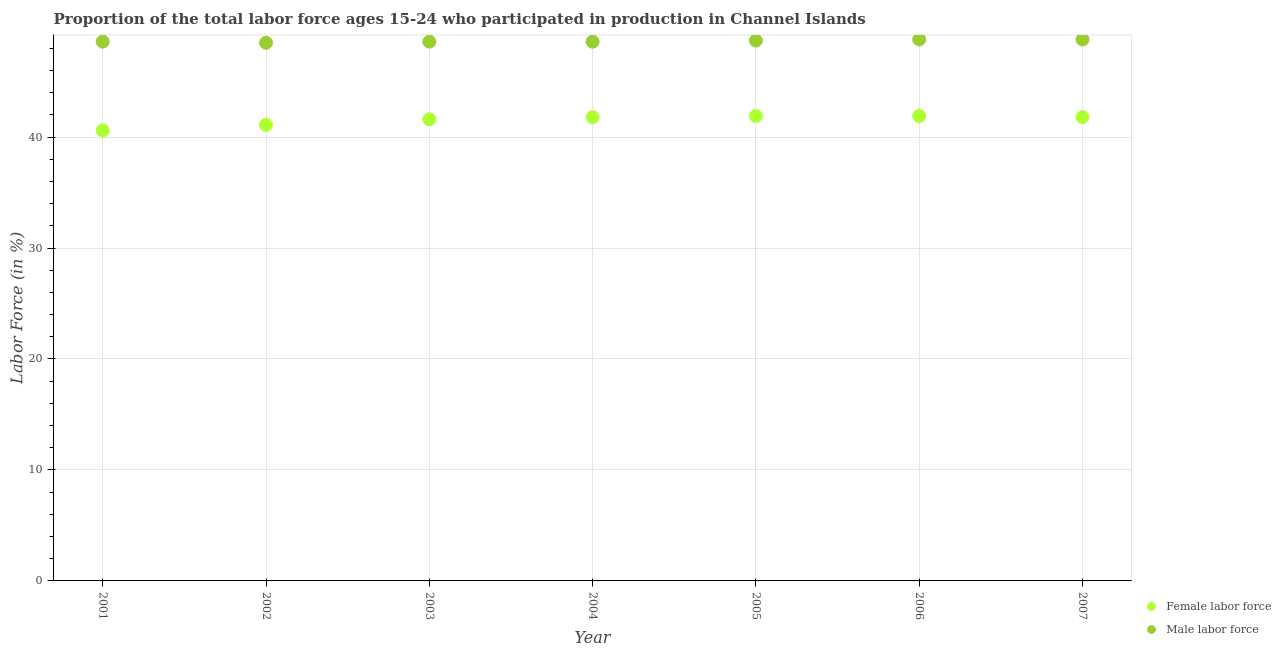
| Year | Female labor force | Male labor force |
 | --- | --- | --- |
 | 2001 | 40.6 | 48.6 |
 | 2002 | 41.1 | 48.5 |
 | 2003 | 41.6 | 48.6 |
 | 2004 | 41.8 | 48.6 |
 | 2005 | 41.9 | 48.7 |
 | 2006 | 41.9 | 48.8 |
 | 2007 | 41.8 | 48.8 |